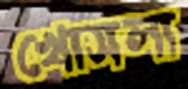
খোসলা